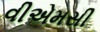
વીએમસી